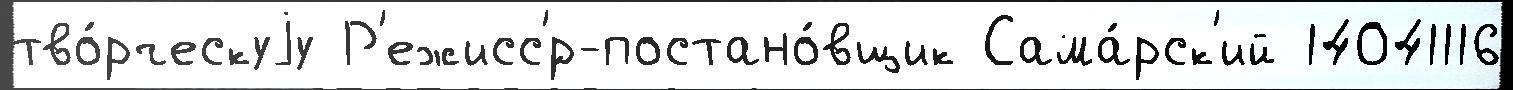
тво́рческуjу Р'ежисс'́р-постано́вщик Сама́рск'ий 14041116